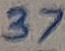
Text: 37